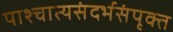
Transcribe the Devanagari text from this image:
पाश्चात्यसंदर्भसंपृक्त